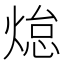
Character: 𭵟